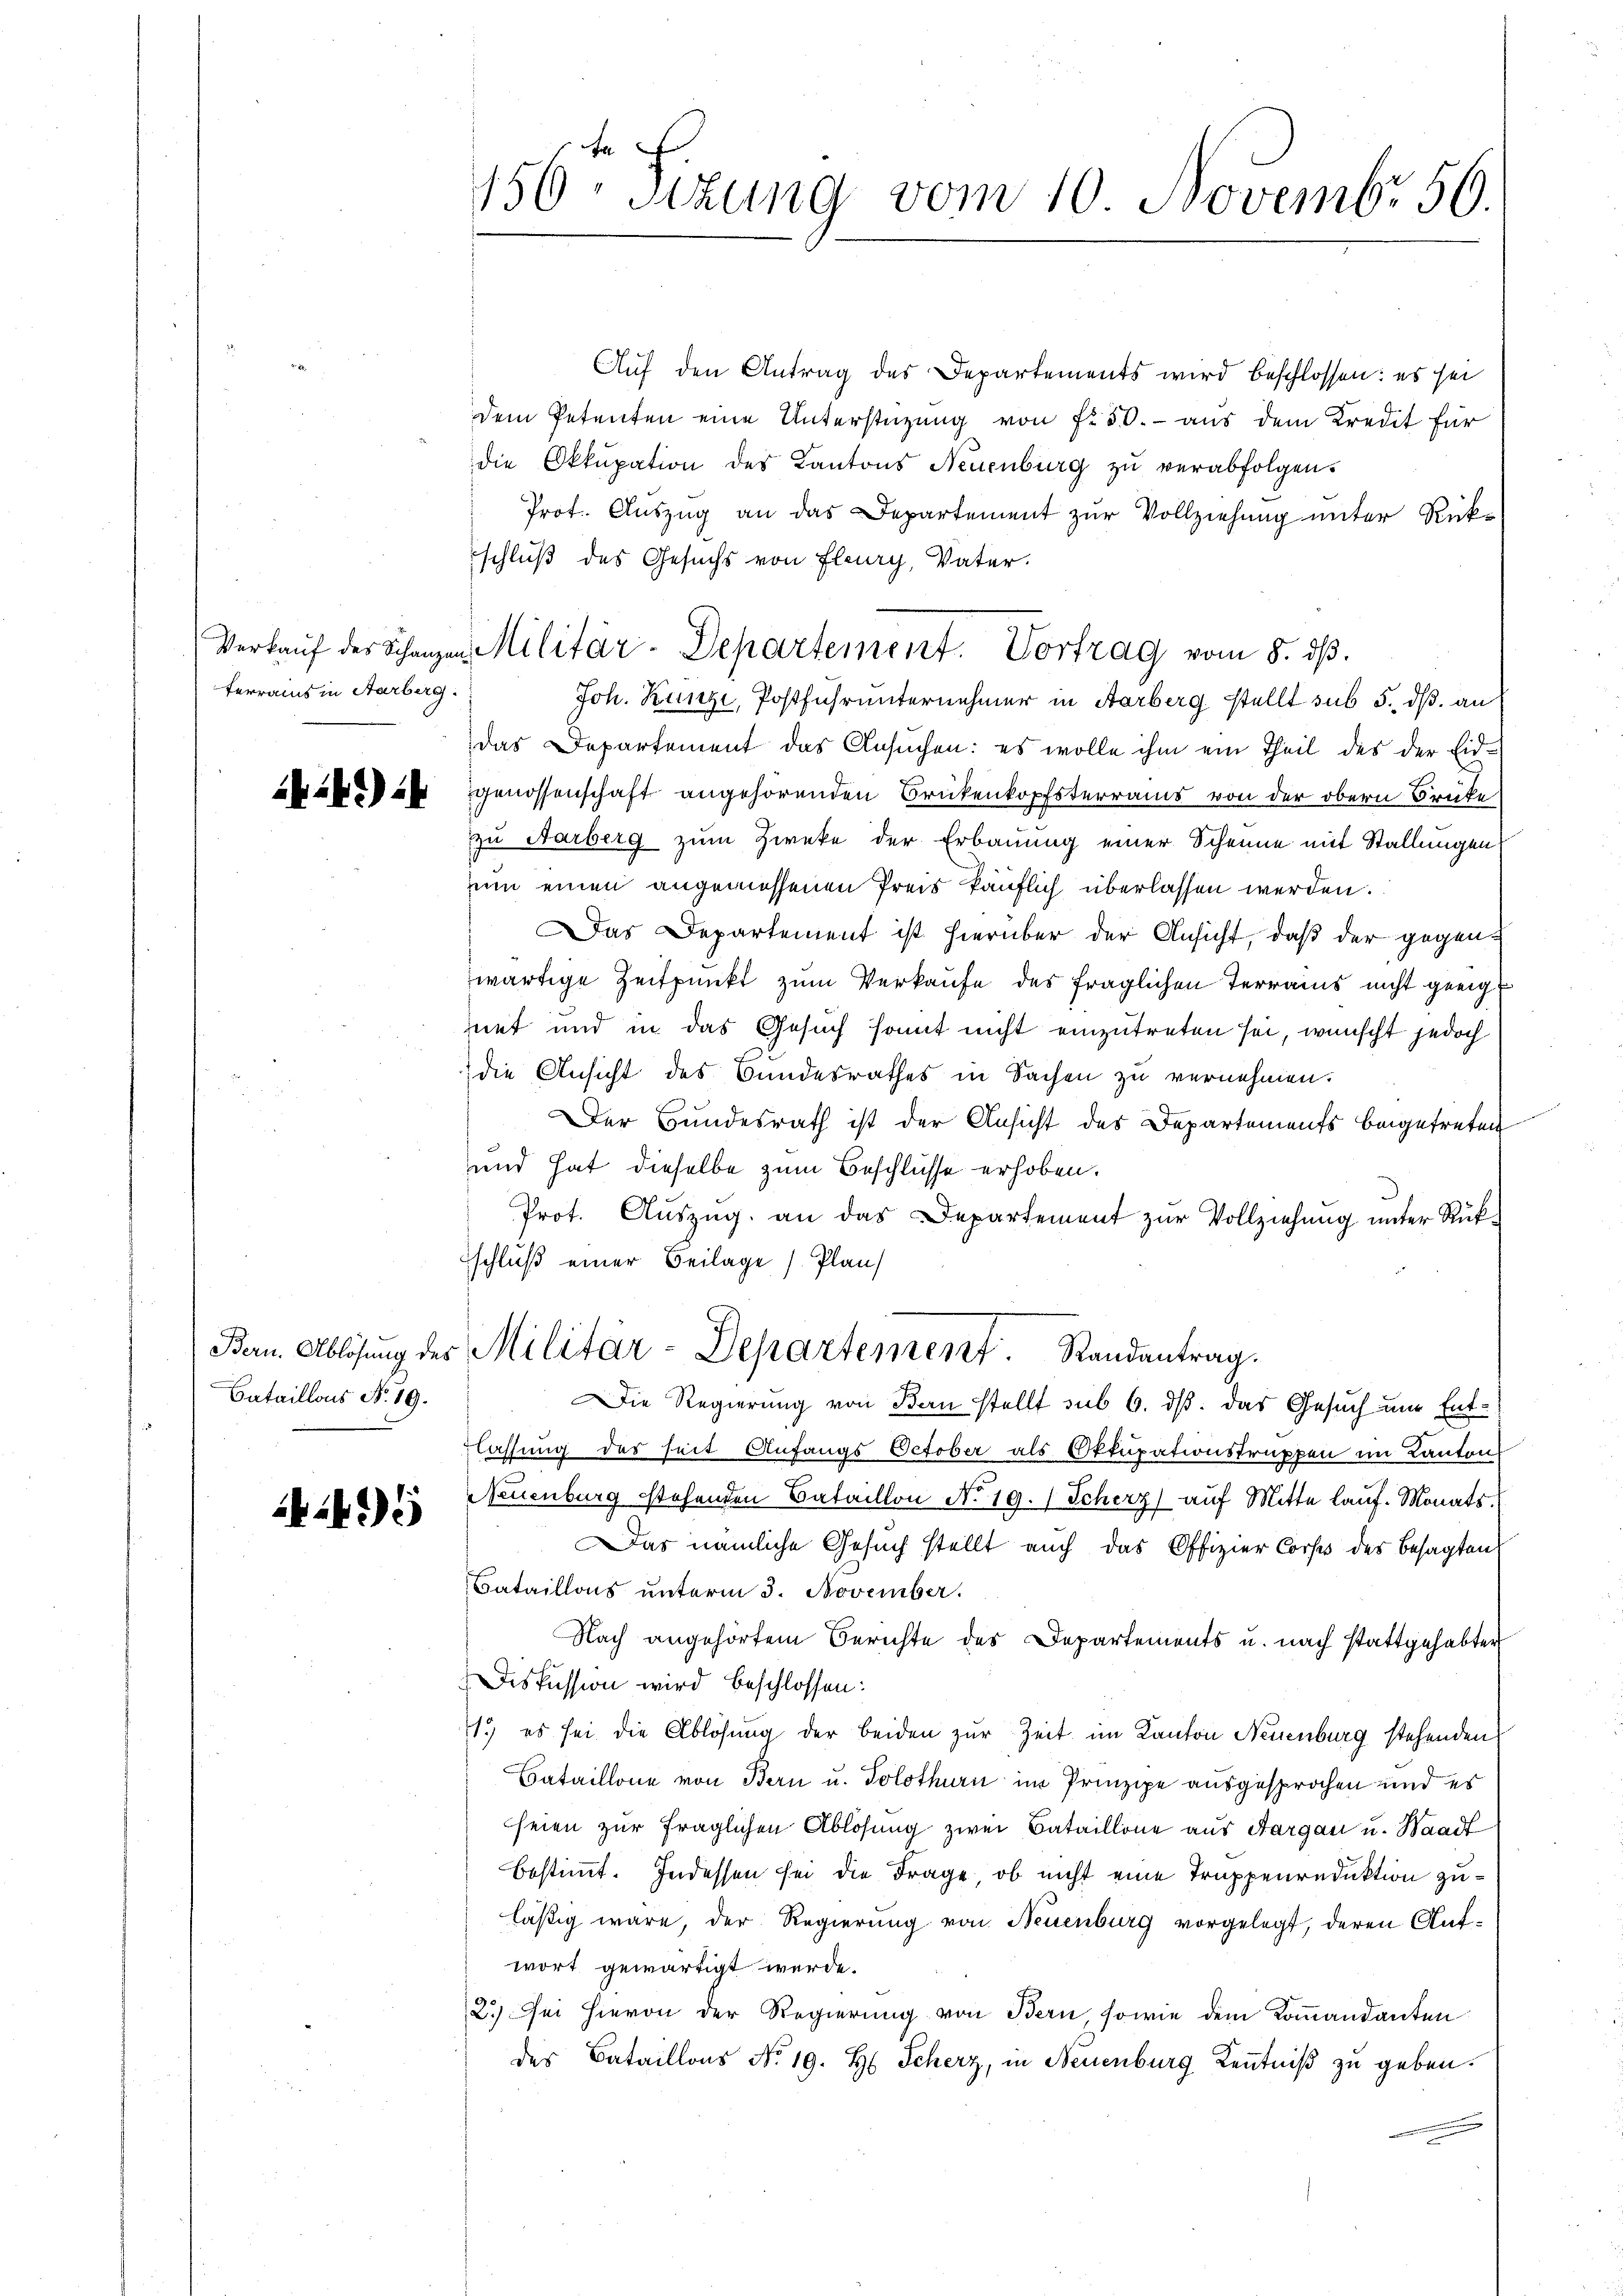
ferrains in Aarberg.

1242)

Sataillons N. 19.

1495

156. Sitzung vom 10. Novembr 56.

Auf den Antrag des Departements wird beschlossen: es sei
dem Petenten eine Unterstüzung von f. 50.- aus dem Kredit für
die Okkupation des Kantons Neuenburg zŭ verabfolgen.
Prot. Auszug an das Departement zur Vollziehung unter Rück-
schluß des Gesuchs von Flury, Vater.
Verkaŭf des Schanzen Militär-Departement. Vortrag vom 8. dβ.
Joh. Kanze, Postfuhr unternehmer in Aarberg stellt sub 5. dß. an
das Departement das Ansuchen: es wolle ihm ein Theil des der Eidgenossenschaft angehörenden Brükenkopfsterrains von der obern Brüke
zu Aarberg zum Zweke der Erbauung einer Scheune mit Stallungen
nun einen angemessenen Preis käuflich überlassen werden.
Das Departement ist hierüber der Ansicht, daß der gegenwärtige Zeitpunkt zum Verkaufe des fraglichen Terrains nicht geeignet und in das Gesuch somit nicht einzutreten sei, wünscht jedoch
die Ansicht des Bundesrathes in Sachen zu vernehmen:
Der Bundesrath ist der Ansicht des Departements beigetreten
und hat dieselbe zum Beschlüsse erhoben.
Prot. Auszug an das Departement zur Vollziehung unter Rükschluß einer Beilage (Plan
Bern. Ablösung des Militar-Departement. Randantrag.
Die Regierung von Bau stellt sub 6. ds. das Gesuch nur Entlassung des seit Anfangs October als Oktupationstruppen im Kanton
Neuenburg stehenden Bataillon No 19. Scherz) auf Mitte lauf Monats. (
Das nämliche Gesuch stellt auch das Offizier Corps des besagten
Bataillons unterm 3. November.
Nach angehörtem Berichte des Departements u. nach stattgehabter
Diskussion wird beschlossen:
11.) es sei die Ablösung der beiden zur Zeit im Kanton Neuenburg stehenden
Bataillone von Bern u. Solothurn im Prinzipe ausgesprochen und es
seien zur fraglichen Ablösung zwei Bataillone aus Aargau u. Waadt
bestimmt. Indessen sei die Frage, ob nicht eine Truppenreduktion zuläßig wäre, der Regierung von Neuenburg vorgelegt, deren Aufwort gewärtigt werde.
2.) Sei hievon der Regierung von Bern, sowie dem Kommandanten
des Bataillons No 19. H. Scherz, in Neuenburg Kenntniß zu geben.